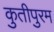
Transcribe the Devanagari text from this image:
कुतीपुरम